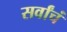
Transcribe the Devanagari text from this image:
सर्वांचं